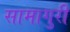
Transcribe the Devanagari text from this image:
सामागुरी